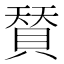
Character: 𮚌